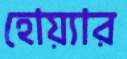
হোয়্যার